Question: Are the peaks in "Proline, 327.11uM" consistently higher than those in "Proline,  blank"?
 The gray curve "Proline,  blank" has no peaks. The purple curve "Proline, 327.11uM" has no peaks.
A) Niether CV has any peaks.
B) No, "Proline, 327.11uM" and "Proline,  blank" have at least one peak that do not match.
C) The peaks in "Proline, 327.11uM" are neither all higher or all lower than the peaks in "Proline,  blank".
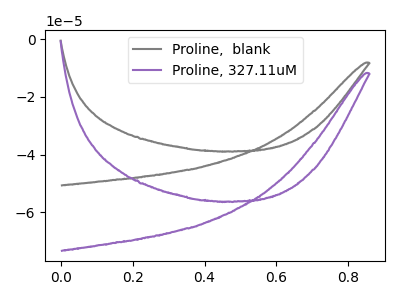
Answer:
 <answer>A) Niether CV has any peaks.</answer>
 <eval>A</eval>